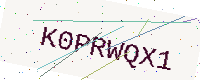
Text: K0PRWQX1